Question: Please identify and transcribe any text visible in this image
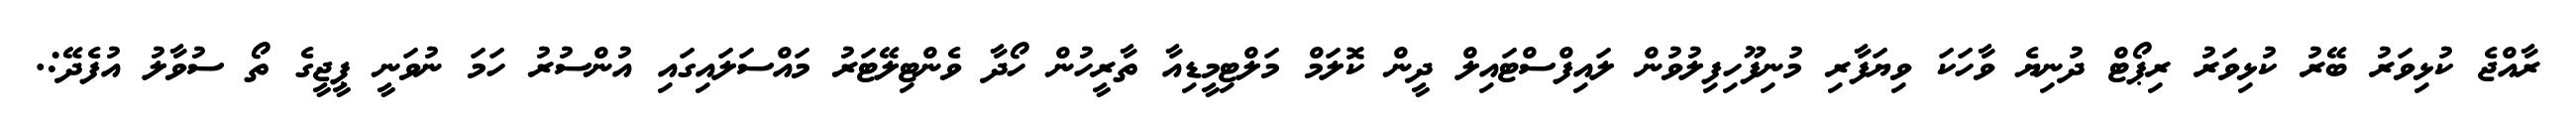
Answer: ރާއްޖެ ކުޅިވަރު ބޭރު ކުޅިވަރު ރިޕޯޓް ދުނިޔެ ވާހަކަ ވިޔަފާރި މުނިފޫހިފިލުވުން ލައިފްސްޓައިލް ދީން ކޮލަމް މަލްޓިމީޑިއާ ތާރީހުން ހޯދާ ވެންޓިލޭޓަރު މައްސަލައިގައި އުންސުރު ހަމަ ނުވަނީ ޕީޖީގެ ތޯ ސުވާލު އުފެދޭ:.